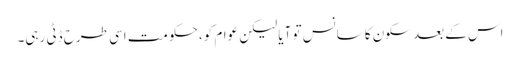
اس کے بعد سکون کا سانس تو آیا لیکن عوام کو، حکومت اسی طرح ڈٹی رہی۔